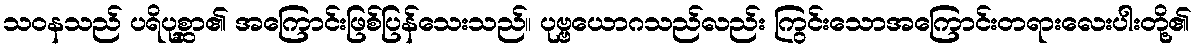
သဝနသည် ပရိပုစ္ဆာ၏ အကြောင်းဖြစ်ပြန်သေးသည်။ ပုဗ္ဗယောဂသည်လည်း ကြွင်းသောအကြောင်းတရားလေးပါးတို့၏